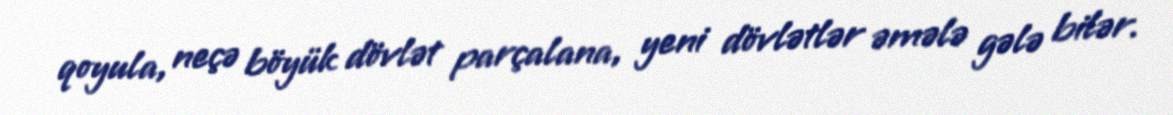
qoyula, neçə böyük dövlət parçalana, yeni dövlətlər əmələ gələ bilər.